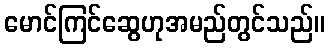
မောင်ကြင်ဆွေဟုအမည်တွင်သည်။